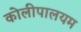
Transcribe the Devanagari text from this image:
कोलीपालयम